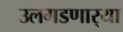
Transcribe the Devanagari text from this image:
उलगडणार्‍या